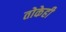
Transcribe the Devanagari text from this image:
तोकेही